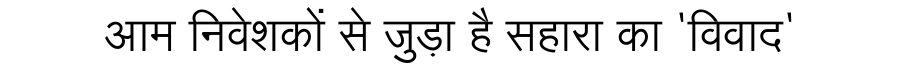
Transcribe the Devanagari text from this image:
आम निवेशकों से जुड़ा है सहारा का 'विवाद'